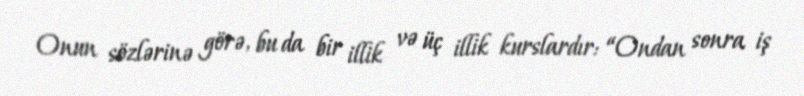
Onun sözlərinə görə, bu da bir illik və üç illik kurslardır: “Ondan sonra iş